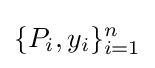
\{P_{i},y_{i}\}_{i=1}^{n}